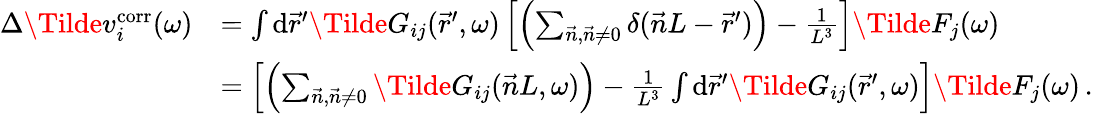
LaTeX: \begin{array}{rl}{\Delta\Tilde{v}_{i}^{\mathrm{corr}}(\omega)}&{=\int\mathrm{d}\vec{r}^{\prime}\Tilde{G}_{ij}(\vec{r}^{\prime},\omega)\left[\left(\sum_{\vec{n},\vec{n}\neq 0}\delta(\vec{n}L-\vec{r}^{\prime})\right)-\frac{1}{L^{3}}\right]\Tilde{F}_{j}(\omega)}\\ &{=\left[\left(\sum_{\vec{n},\vec{n}\neq 0}\Tilde{G}_{ij}(\vec{n}L,\omega)\right)-\frac{1}{L^{3}}\int\mathrm{d}\vec{r}^{\prime}\Tilde{G}_{ij}(\vec{r}^{\prime},\omega)\right]\Tilde{F}_{j}(\omega)\, .}\end{array}